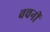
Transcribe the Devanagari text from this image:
वचनीं